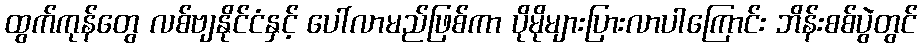
ထွက်ကုန်တွေ လစ်ဗျနိုင်ငံနှင့် ပေါ်လာမည်ဖြစ်ကာ ပိုမိုများပြားလာပါကြောင်း ဘိန်းစစ်ပွဲတွင်